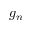
g _ { n }